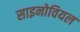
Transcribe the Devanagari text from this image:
साइनोवियल